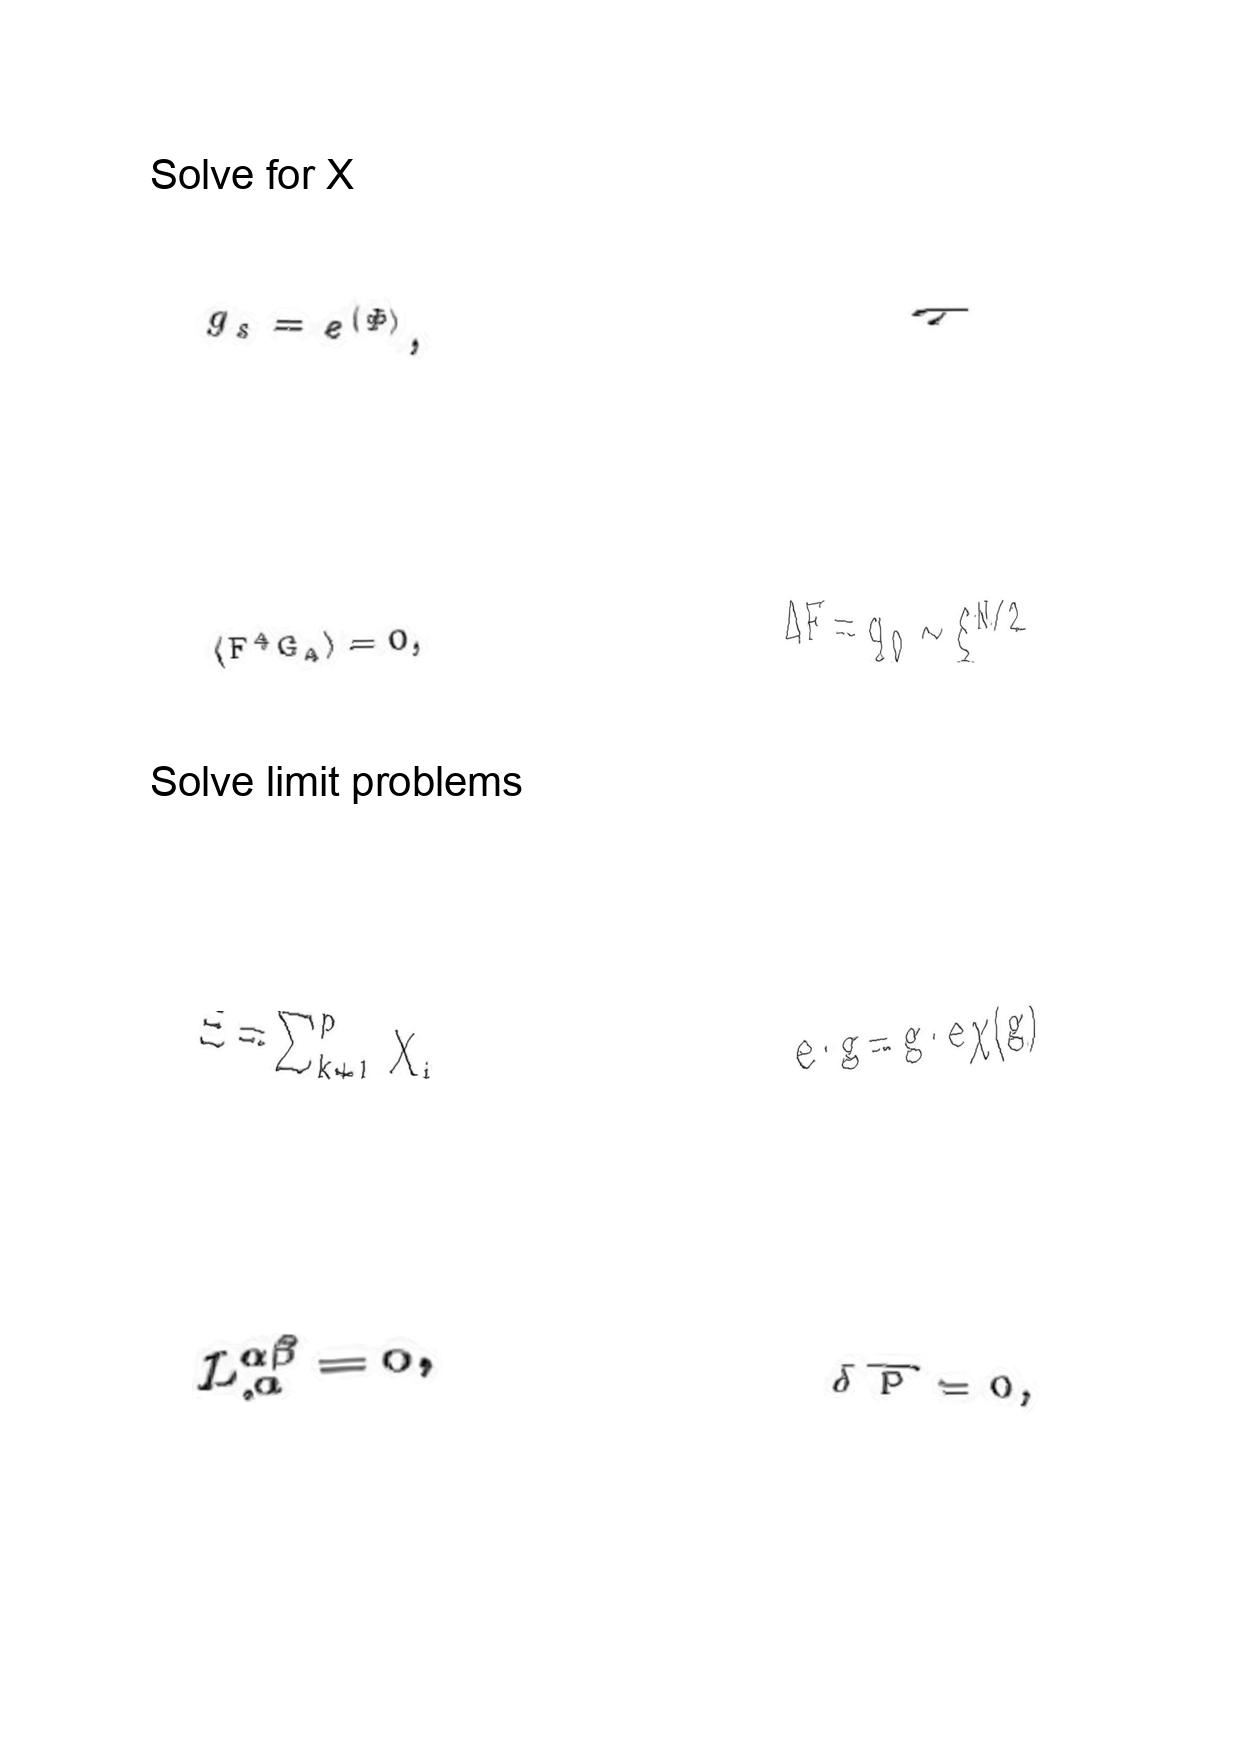
LaTeX transcription:
g _ { s } = e ^ { \langle \Phi \rangle } ,
\langle F ^ { 4 } G _ { A } \rangle = 0 ,
\Xi = \sum _ { k + 1 } ^ { p } X _ { i }
L ^ { \alpha \beta } _ { , \alpha } = 0 ,
\tau
\Delta F = q _ { 0 } \sim \xi ^ { N / 2 }
e \cdot g = g \cdot e \chi \lparen g \rparen
\delta \overline { P } = 0 ,